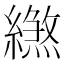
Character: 繺